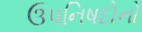
ઉપનિષદોનો